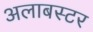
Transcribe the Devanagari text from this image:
अलाबस्टर